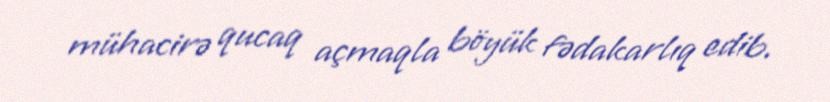
mühacirə qucaq açmaqla böyük fədakarlıq edib.